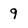
Character: 9